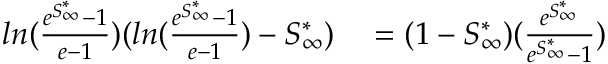
\begin{array} { r l } { l n ( \frac { e ^ { S _ { \infty } ^ { * } } - 1 } { e - 1 } ) ( l n ( \frac { e ^ { S _ { \infty } ^ { * } } - 1 } { e - 1 } ) - S _ { \infty } ^ { * } ) } & { { } = ( 1 - S _ { \infty } ^ { * } ) ( \frac { e ^ { S _ { \infty } ^ { * } } } { e ^ { S _ { \infty } ^ { * } } - 1 } ) } \end{array}